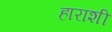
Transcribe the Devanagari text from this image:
हाराशी